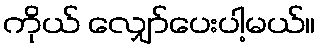
ကိုယ် လျှော်ပေးပါ့မယ်။